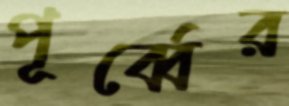
পূর্ব্বের